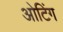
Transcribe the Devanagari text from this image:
ओटिंग